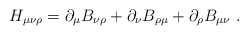
\begin{align*}H_{\mu\nu\rho} = \partial_\mu B_{\nu\rho} + \partial_\nu B_{\rho\mu} +\partial_\rho B_{\mu\nu} \ . \end{align*}